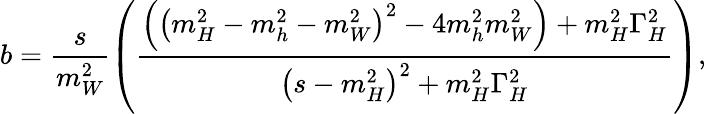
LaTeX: b=\frac{s}{m_{W}^{2}}\left(\frac{\left(\left(m_{H}^{2}-m_{h}^{2}-m_{W}^{2}\right)^{2}-4m_{h}^{2}m_{W}^{2}\right)+m_{H}^{2}\Gamma_{H}^{2}}{\left(s-m_{H}^{2}\right)^{2}+m_{H}^{2}\Gamma_{H}^{2}}\right),